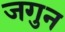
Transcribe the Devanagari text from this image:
जगुन